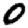
Digit: 0